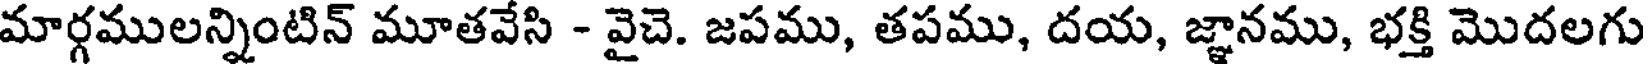
మార్గములన్నింటిన్ మూతవేసి - వైచె. జపము, తపము, దయ, జ్ఞానము, భక్తి మొదలగు